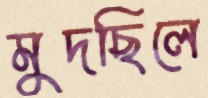
মুদছিলে